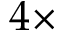
4 \times